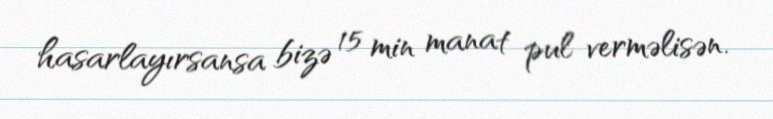
hasarlayırsansa bizə 15 min manat pul verməlisən.